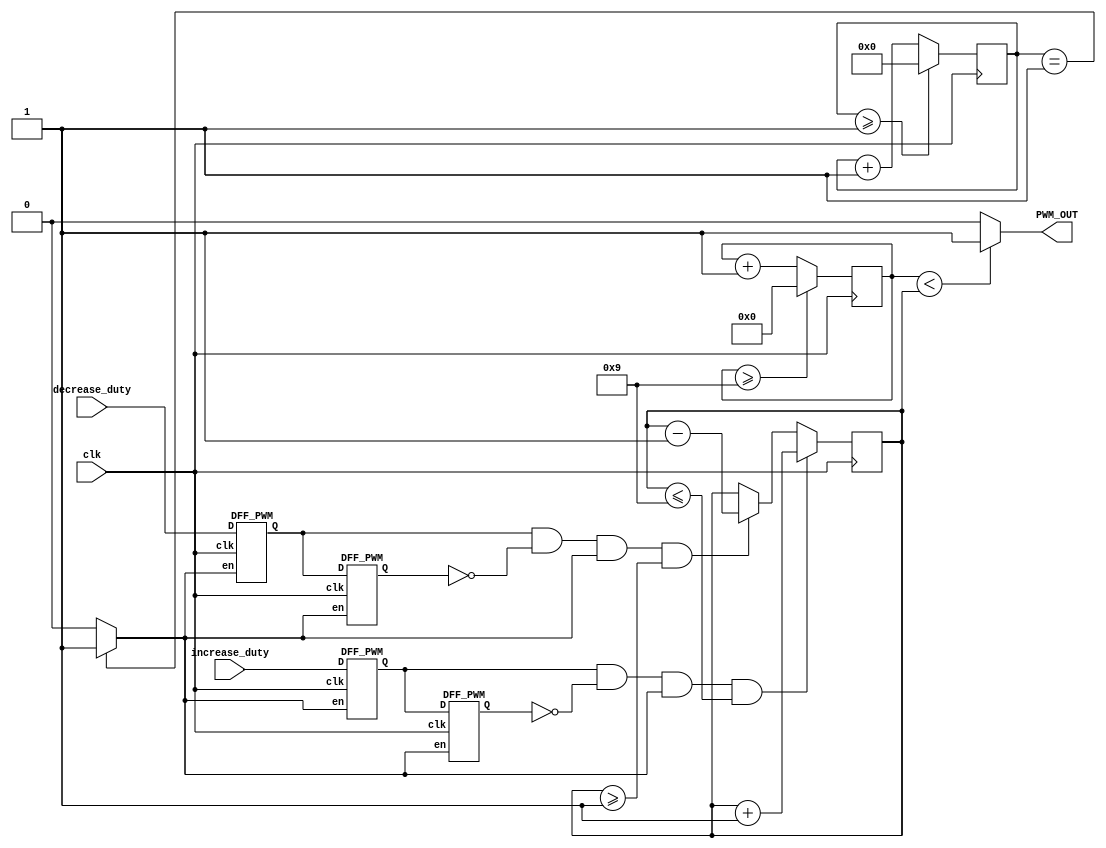
/*
 * Copyright (c) 2024 Your Name
 * SPDX-License-Identifier: Apache-2.0
 */

`timescale 1ns / 1ps
module PWM_Generator_Verilog
 (
 clk, // 50MHz clock input 
 increase_duty, // input to increase 10% duty cycle 
 decrease_duty, // input to decrease 10% duty cycle 
 PWM_OUT // 5MHz PWM output signal 
    );
 input clk;
 input increase_duty;
 input decrease_duty;
 output PWM_OUT;
 wire slow_clk_enable; // slow clock enable signal for debouncing FFs
 reg[27:0] counter_debounce=0;// counter for creating slow clock enable signals 
 wire tmp1,tmp2,duty_inc;// temporary flip-flop signals for debouncing the increasing button
 wire tmp3,tmp4,duty_dec;// temporary flip-flop signals for debouncing the decreasing button
 reg[3:0] counter_PWM=0;// counter for creating 10Mhz PWM signal
 reg[3:0] DUTY_CYCLE=5; // initial duty cycle is 50%
  // Debouncing 2 buttons for inc/dec duty cycle 
  // Firstly generate slow clock enable for debouncing flip-flop (4Hz)
 always @(posedge clk)
 begin
   counter_debounce <= counter_debounce + 1;
   //if(counter_debounce>=25000000) then  
   // for running on FPGA -- comment when running simulation
   if(counter_debounce>=1) 
   // for running simulation -- comment when running on FPGA
    counter_debounce <= 0;
 end
 // assign slow_clk_enable = counter_debounce == 25000000 ?1:0;
 // for running on FPGA -- comment when running simulation 
 assign slow_clk_enable = counter_debounce == 1 ?1:0;
 // for running simulation -- comment when running on FPGA
 // debouncing FFs for increasing button
 DFF_PWM PWM_DFF1(clk,slow_clk_enable,increase_duty,tmp1);
 DFF_PWM PWM_DFF2(clk,slow_clk_enable,tmp1, tmp2); 
 assign duty_inc =  tmp1 & (~ tmp2) & slow_clk_enable;
 // debouncing FFs for decreasing button
 DFF_PWM PWM_DFF3(clk,slow_clk_enable,decrease_duty, tmp3);
 DFF_PWM PWM_DFF4(clk,slow_clk_enable,tmp3, tmp4); 
 assign duty_dec =  tmp3 & (~ tmp4) & slow_clk_enable;
 // vary the duty cycle using the debounced buttons above
 always @(posedge clk)
 begin
   if(duty_inc==1 && DUTY_CYCLE <= 9) 
    DUTY_CYCLE <= DUTY_CYCLE + 1;// increase duty cycle by 10%
   else if(duty_dec==1 && DUTY_CYCLE>=1) 
    DUTY_CYCLE <= DUTY_CYCLE - 1;//decrease duty cycle by 10%
 end 
// Create 10MHz PWM signal with variable duty cycle controlled by 2 buttons 
 always @(posedge clk)
 begin
   counter_PWM <= counter_PWM + 1;
   if(counter_PWM>=9) 
    counter_PWM <= 0;
 end
 assign PWM_OUT = counter_PWM < DUTY_CYCLE ? 1:0;
endmodule
// Debouncing DFFs for push buttons on FPGA
module DFF_PWM(clk,en,D,Q);
input clk,en,D;
output reg Q;
always @(posedge clk)
begin 
 if(en==1) // slow clock enable signal 
  Q <= D;
end 
endmodule